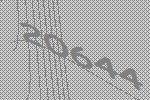
20644